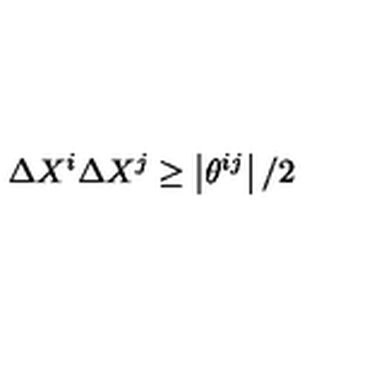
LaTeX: \Delta X ^ { i } \Delta X ^ { j } \geq \left| \theta ^ { i j } \right| / 2